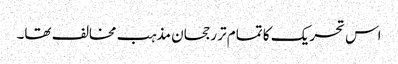
اس تحریک کا تمام تر رجحان مذہب مخالف تھا۔